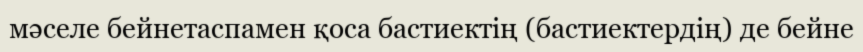
мәселе бейнетаспамен қоса бастиектің (бастиектердің) де бейне